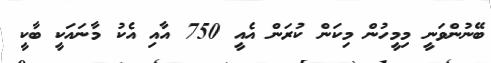
ބޭނުންވަނީ މިމީހުން މިކަން ކުރަން އެއީ 750 އާއި އެކު މާނައަކީ ބާކީ